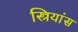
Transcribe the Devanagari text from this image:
स्त्रियांस